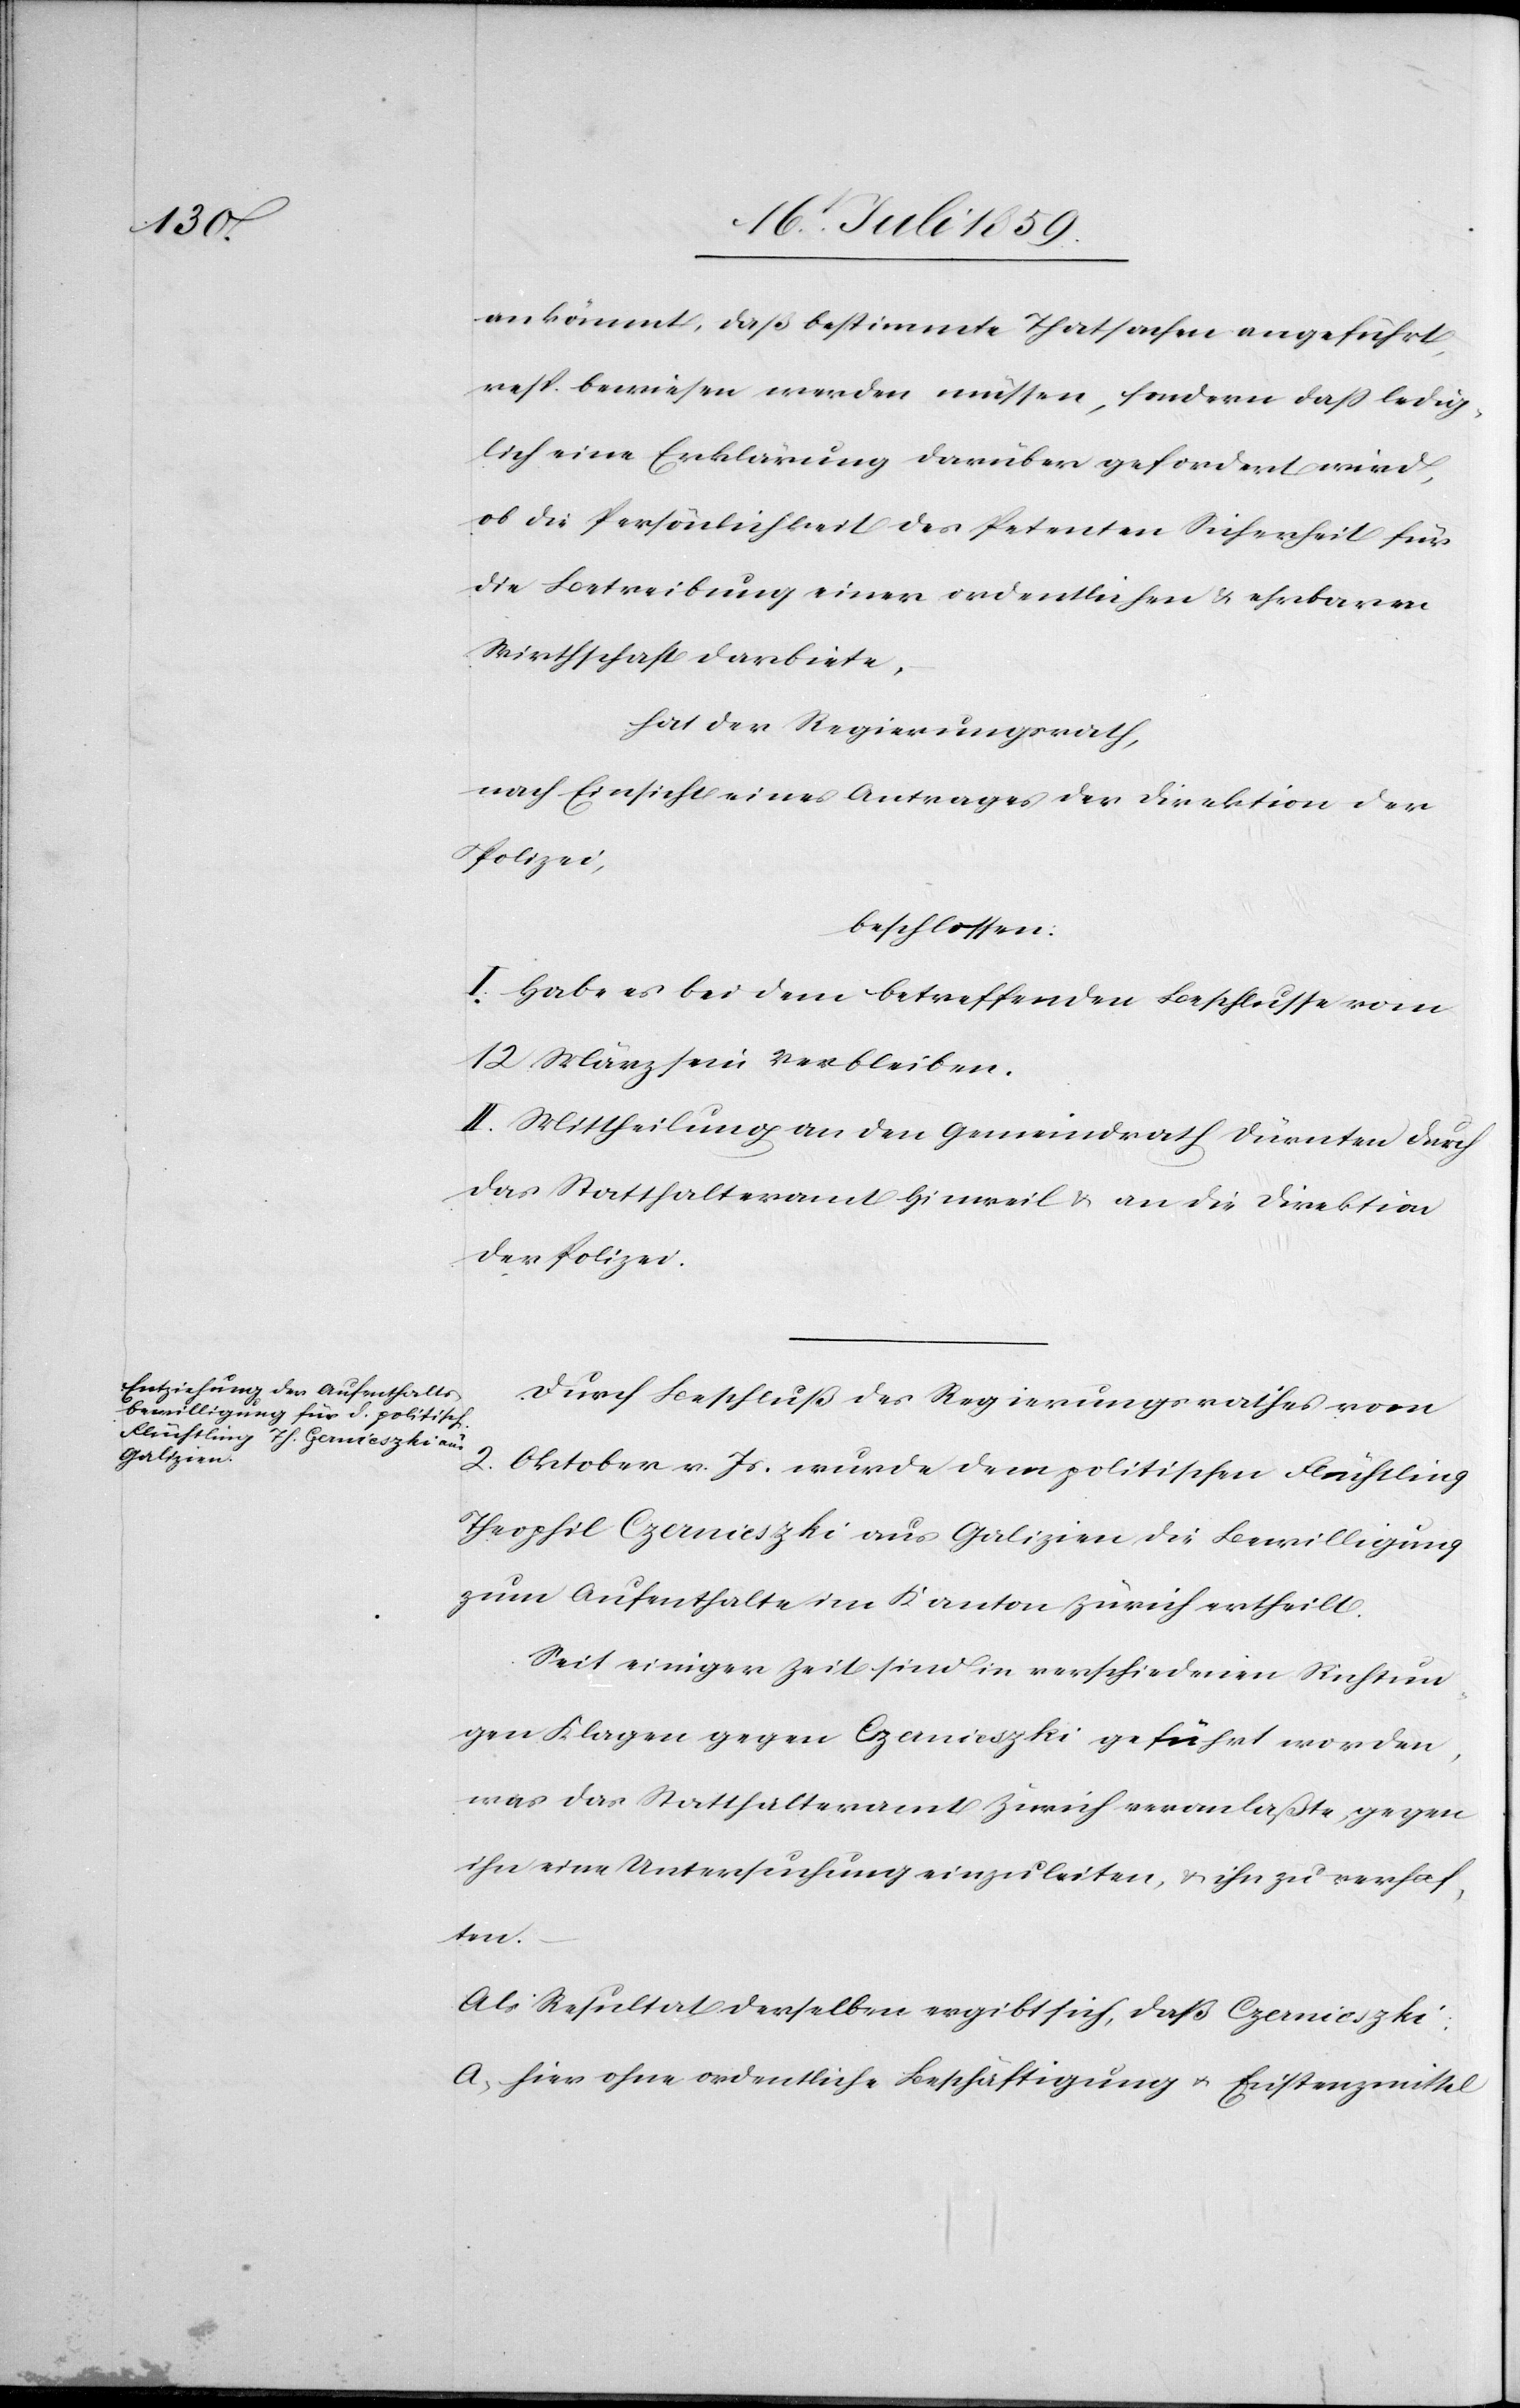
ankömmt, daß bestimmte Thatsachen angeführt,
resp. bewiesen werden müssen, sondern daß ledig¬
lich eine Erklärung darüber gefordert wird,
ob die Persönlichkeit des Petenten Sicherheit für
die Betreibung einer ordentlichen u. ehrbaren
Wirthschaft darbiete,
hat der Regierungsrath,
nach Einsicht eines Antrages der Direktion der
Polizei,
beschlossen:
I. Habe es bei dem betreffenden Beschlusse vom
12 März sein Verbleiben.
II. Mittheilung an den Gemeindrath Dürnten durch
das Statthalteramt Hinweil u. an die Direktion
der Polizei.
Durch Beschluß des Regierungsrathes vom
2. Oktober v. Js. wurde dem politischen Flüchtling
Theophil Czernieszki aus Galizien die Bewilligung
zum Aufenthalte im Kanton Zürich ertheilt.
Seit einiger Zeit sind in verschiedenen Richtun¬
gen Klagen gegen Czernieszki geführt worden,
was das Statthalteramt Zürich veranlaßte, gegen
ihn eine Untersuchung einzuleiten, u. ihn zu verhaf¬
ten.
Als Resultat derselben ergibt sich, daß Czernieszki:
a. hier ohne ordentliche Beschäftigung u. Existenzmittel